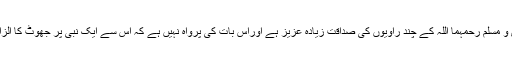
کہ اسے بخاری و مسلم رحمہما اللہ کے چند راویوں کی صداقت زیادہ عزیز ہے اوراس بات کی پرواہ نہیں ہے کہ اس سے ایک نبی پر جھوٹ کا الزام عاید ہوتا ہے۔